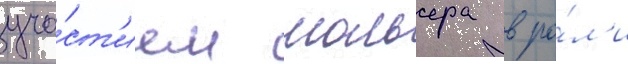
уча́ст'ием мольера в ро́л'и